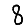
Digit: 8